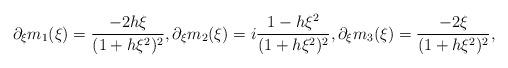
LaTeX: \begin{align*} \partial_\xi m_1(\xi)= \frac{-2h\xi}{(1+h \xi^2)^2}, \partial_\xi m_2(\xi)=i\frac{1-h\xi^2}{(1+h \xi^2)^2}, \partial_\xi m_3(\xi)=\frac{-2\xi}{(1+h \xi^2)^2},\end{align*}